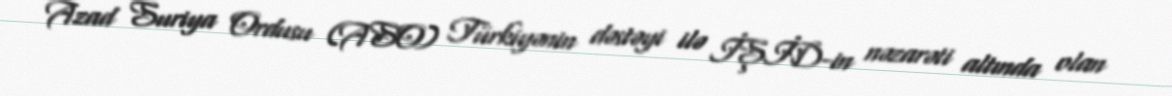
Azad Suriya Ordusu (ASO) Türkiyənin dəstəyi ilə İŞİD-in nəzarəti altında olan